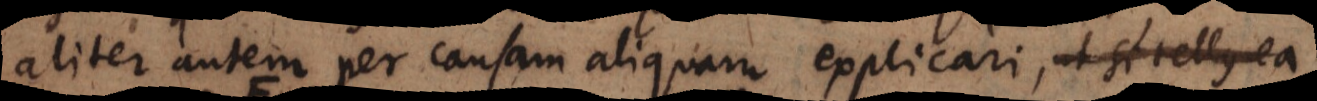
aliter autem per causam aliquam explicari non possint, nempe